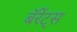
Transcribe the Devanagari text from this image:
बॅरेंट्‌स